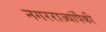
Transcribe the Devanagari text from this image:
नगरराज्यांपैकी